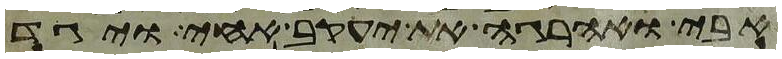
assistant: אבי ואהרגה את יעקב אחי ויגד